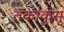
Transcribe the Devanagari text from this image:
तकाकुसू